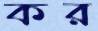
কর